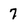
Character: 7